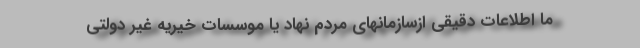
ما اطلاعات دقیقی ازسازمانهای مردم نهاد یا موسسات خیریه غیر دولتی